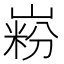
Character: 𪩋